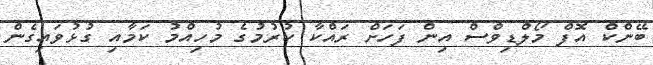
ބޭންކް އޮފް މޯލްޑިވްސް އިން ފަހަށް ރައްކާ ކުރުމުގެ މުހިއްމު ކަމާއި ގުޅުވައިގެން